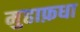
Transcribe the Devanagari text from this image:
मुहाफ़धा